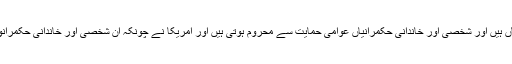
لیکن اس حوالے سے المیہ یہ ہے کہ چونکہ عرب ملکوں میں شخصی اور خاندانی حکمرانیاں ہیں اور شخصی اور خاندانی حکمرانیاں عوامی حمایت سے محروم ہوتی ہیں اور امریکا نے چونکہ ان شخصی اور خاندانی حکمرانوں کے تحفظ کا ذمے لے رکھا ہے لہٰذا وہ اس بہانے خطے میں رہنے کی کوشش کرے گا۔